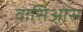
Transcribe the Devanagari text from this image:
वासिओस